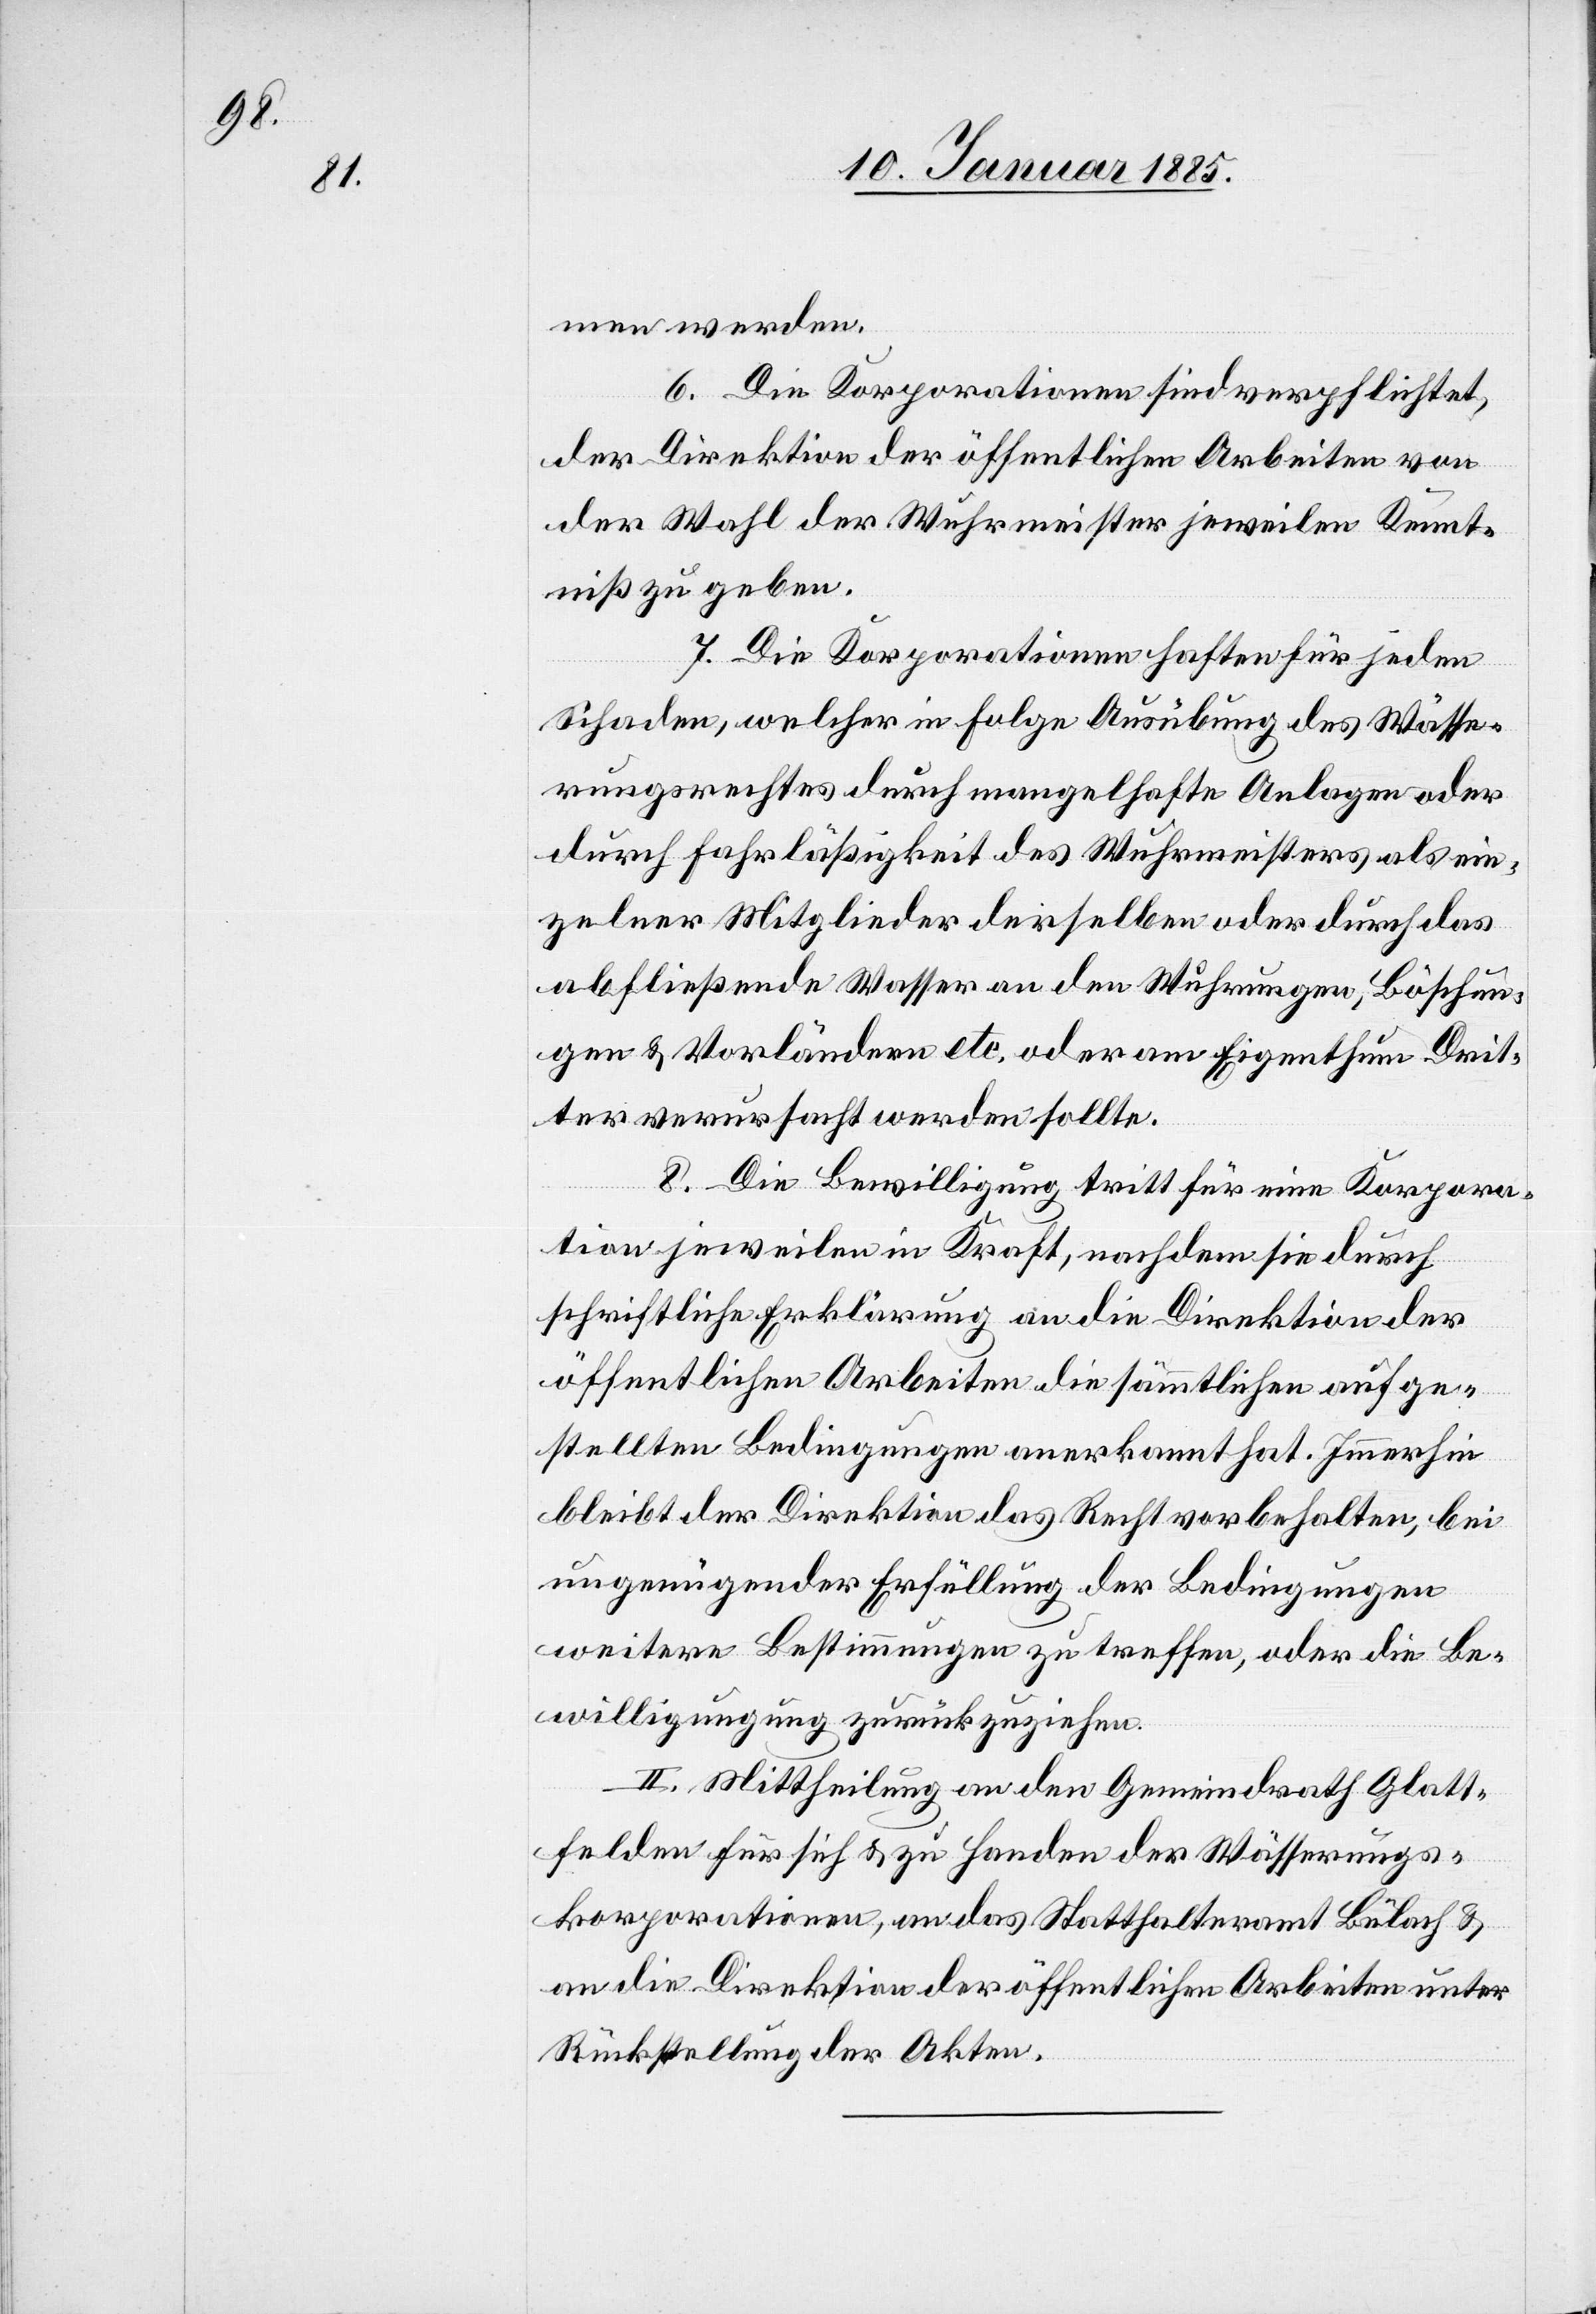
men werden.
6. Die Korporationen sind verpflichtet,
der Direktion der öffentlichen Arbeiten von
der Wahl der Wuhrmeister jeweilen Kennt¬
niß zu geben.
7. Die Korporationen haften für jeden
Schaden, welcher in Folge Ausübung des Wässe¬
rungsrechtes durch mangelhafte Anlagen oder
durch Fahrläßigkeit des Wuhrmeisters als ein¬
zelner Mitglieder derselben oder durch das
abfließende Wasser an den Wuhrungen, Böschun¬
gen & Vorländern etc. oder am Eigenthum Drit¬
ter verursacht werden sollte.
8. Die Bewilligung tritt für eine Korpora¬
tion jeweilen in Kraft, nachdem sie durch
schriftliche Erklärung an die Direktion der
öffentlichen Arbeiten die sämmtlichen aufge¬
stellten Bedingungen anerkannt hat. Immerhin
bleibt der Direktion das Recht vorbehalten, bei
ungenügenden Erfüllung der Bedingungen
weitere Bestimmungen zu treffen, oder die Be¬
willigung zurückzuziehen.
II. Mittheilung an den Gemeindrath Glatt¬
felden für sich & zu Handen der Wässerungs¬
korporationen, an das Statthalteramt Bülach &
an die Direktion der öffentlichen Arbeiten unter
Rücksendung der Akten.